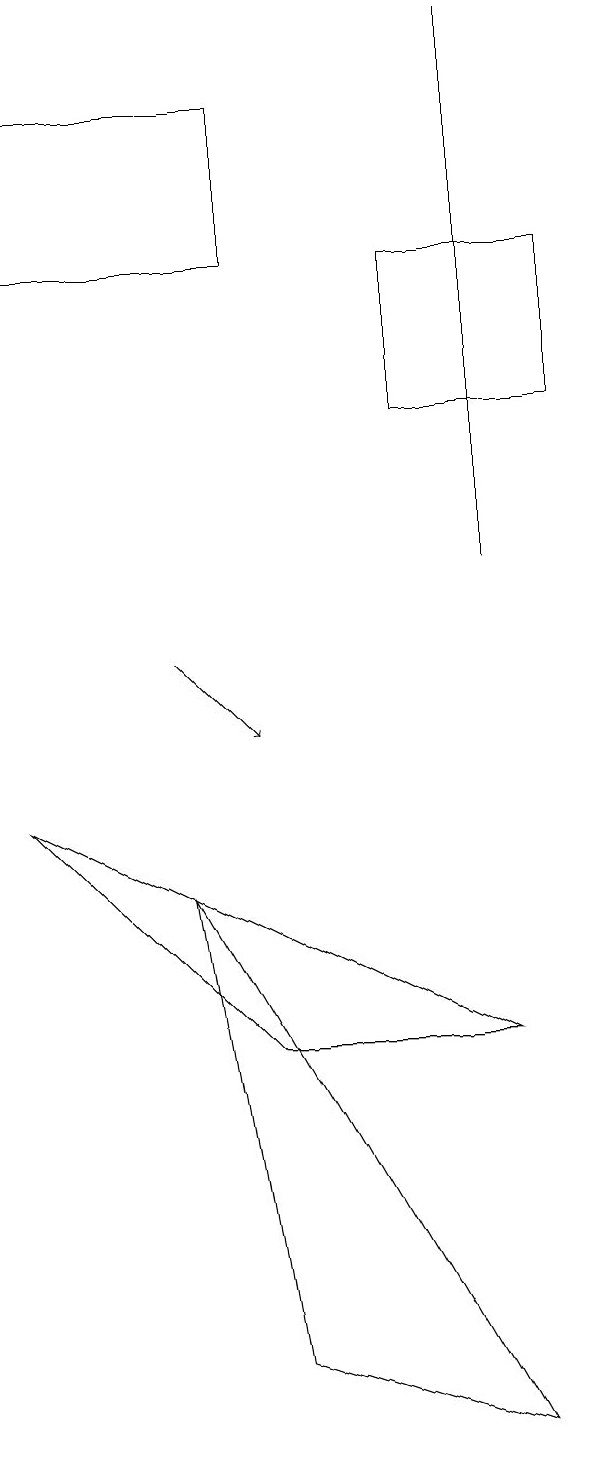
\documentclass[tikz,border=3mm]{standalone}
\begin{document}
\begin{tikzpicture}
\draw (4,2) -- (3,8) -- (7,1) -- cycle;
\draw[->] (3,11) -- (4,10);
\draw (1,9) -- (4,6) -- (7,6) -- cycle;
\draw (7,19) rectangle (7,12);
\draw (8,14) rectangle (6,16);
\draw (4,16) rectangle (1,18);
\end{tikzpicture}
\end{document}